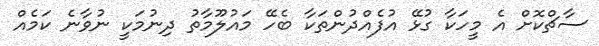
ސާޗްކޮށް އެ މީހަކާ ގުޅޭ އުފެއްދުންތަކާ ބެހޭ މައުލޫމާތު ދިނުމަކީ ނުވާނެ ކަމެއް